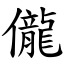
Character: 儱